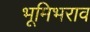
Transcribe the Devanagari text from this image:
भूमिभराव